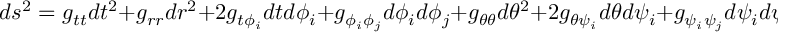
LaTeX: d s ^ { 2 } = g _ { t t } d t ^ { 2 } + g _ { r r } d r ^ { 2 } + 2 g _ { t \phi _ { i } } d t d \phi _ { i } + g _ { \phi _ { i } \phi _ { j } } d \phi _ { i } d \phi _ { j } + g _ { \theta \theta } d \theta ^ { 2 } + 2 g _ { \theta \psi _ { i } } d \theta d \psi _ { i } + g _ { \psi _ { i } \psi _ { j } } d \psi _ { i } d \psi _ { j } ,